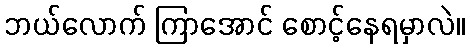
ဘယ်လောက် ကြာအောင် စောင့်နေရမှာလဲ။